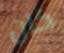
كان